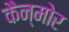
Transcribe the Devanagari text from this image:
कैन्मोर